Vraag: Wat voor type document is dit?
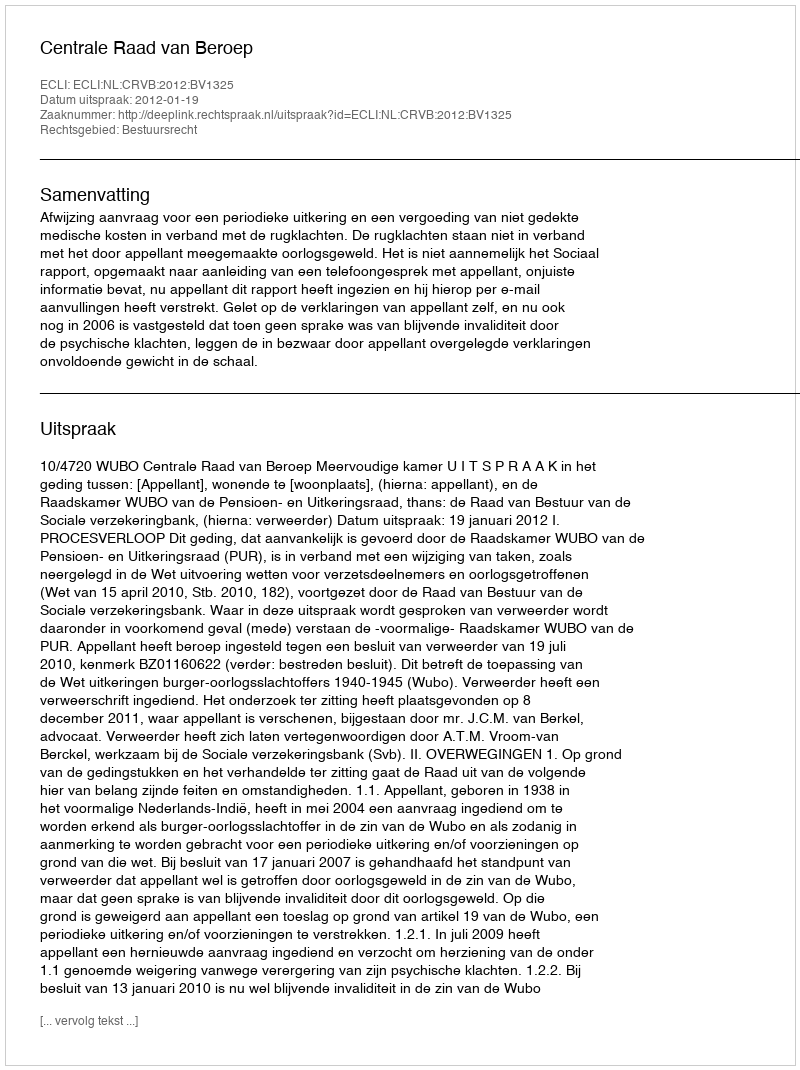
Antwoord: Uitspraak